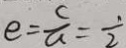
e = \frac { c } { a } = \frac { 1 } { 2 }